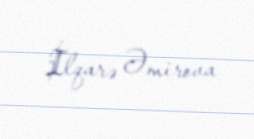
İlqarə Əmirova